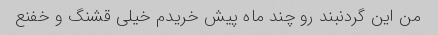
من این گردنبند رو چند ماه پیش خریدم خیلی قشنگ و خفنع